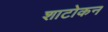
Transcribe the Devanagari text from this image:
शाटोकन